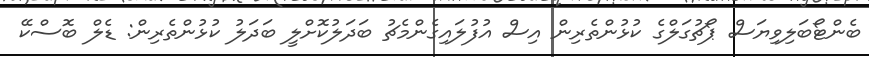
ބެންޓޯބަލިވިޔަސް ޕޯޗުގަލްގެ ކުޅުންތެރިން އިސް އުފުލައިގެންމެޗު ބަދަލުކޮށްލީ ބަދަލު ކުޅުންތެރިން: ޑެލް ބޮސްކޭ